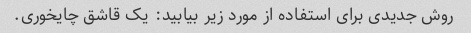
روش جدیدی برای استفاده از مورد زیر بیابید: یک قاشق چایخوری.